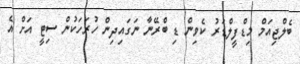
ބެލްޖިއަމް މިޑްފީލްޑަރު ކެވިން ޑި ބްރޭނާ ނަގައިދިން ހުރަހަކުން ސިޓީ އަށް އެ